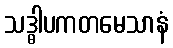
သဒ္ဓါပကတမေသာနံ